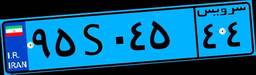
۵۱S۸۵۸۷۹